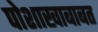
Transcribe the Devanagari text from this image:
पोशाखाबाबत